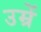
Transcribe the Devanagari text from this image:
उम्रें